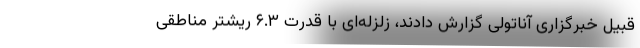
قبیل خبرگزاری آناتولی گزارش دادند، زلزله‌ای با قدرت ۶.۳ ریشتر مناطقی